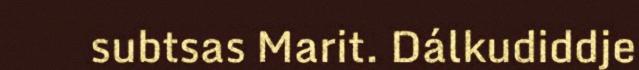
subtsas Marit. Dálkudiddje